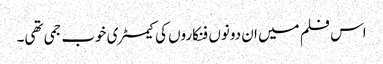
اس فلم میں ان دونوں فنکاروں کی کیمسٹری خوب جمی تھی۔